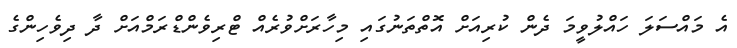
އެ މައްސަލަ ހައްލުވީމަ ދެން ކުރިއަށް އޮތްތަނުގައި މިހާރަށްވުރެއް ޓްރިވެންޑްރަމްއަށް ދާ ދިވެހިންގެ